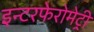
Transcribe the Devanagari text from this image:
इन्टरफेरोमेट्री